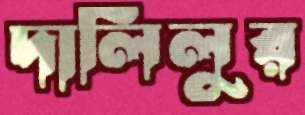
দালিলুর